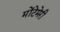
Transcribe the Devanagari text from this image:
मोंटेमेरी